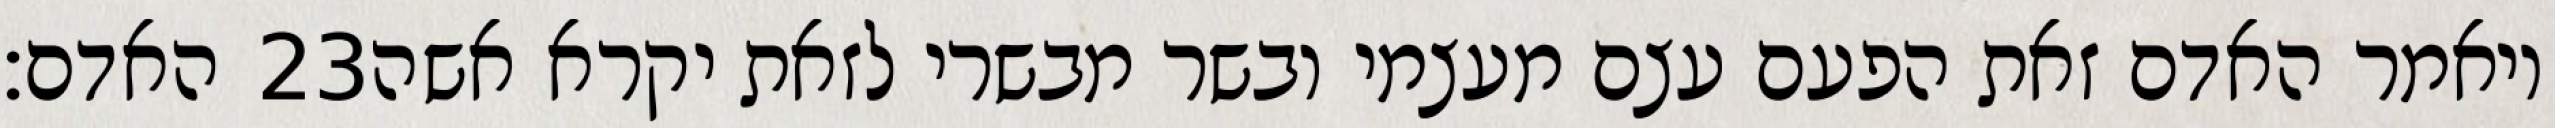
האדם׃ ‎23‏ ויאמר האדם זאת הפעם עצם מעצמי ובשר מבשרי לזאת יקרא אשה